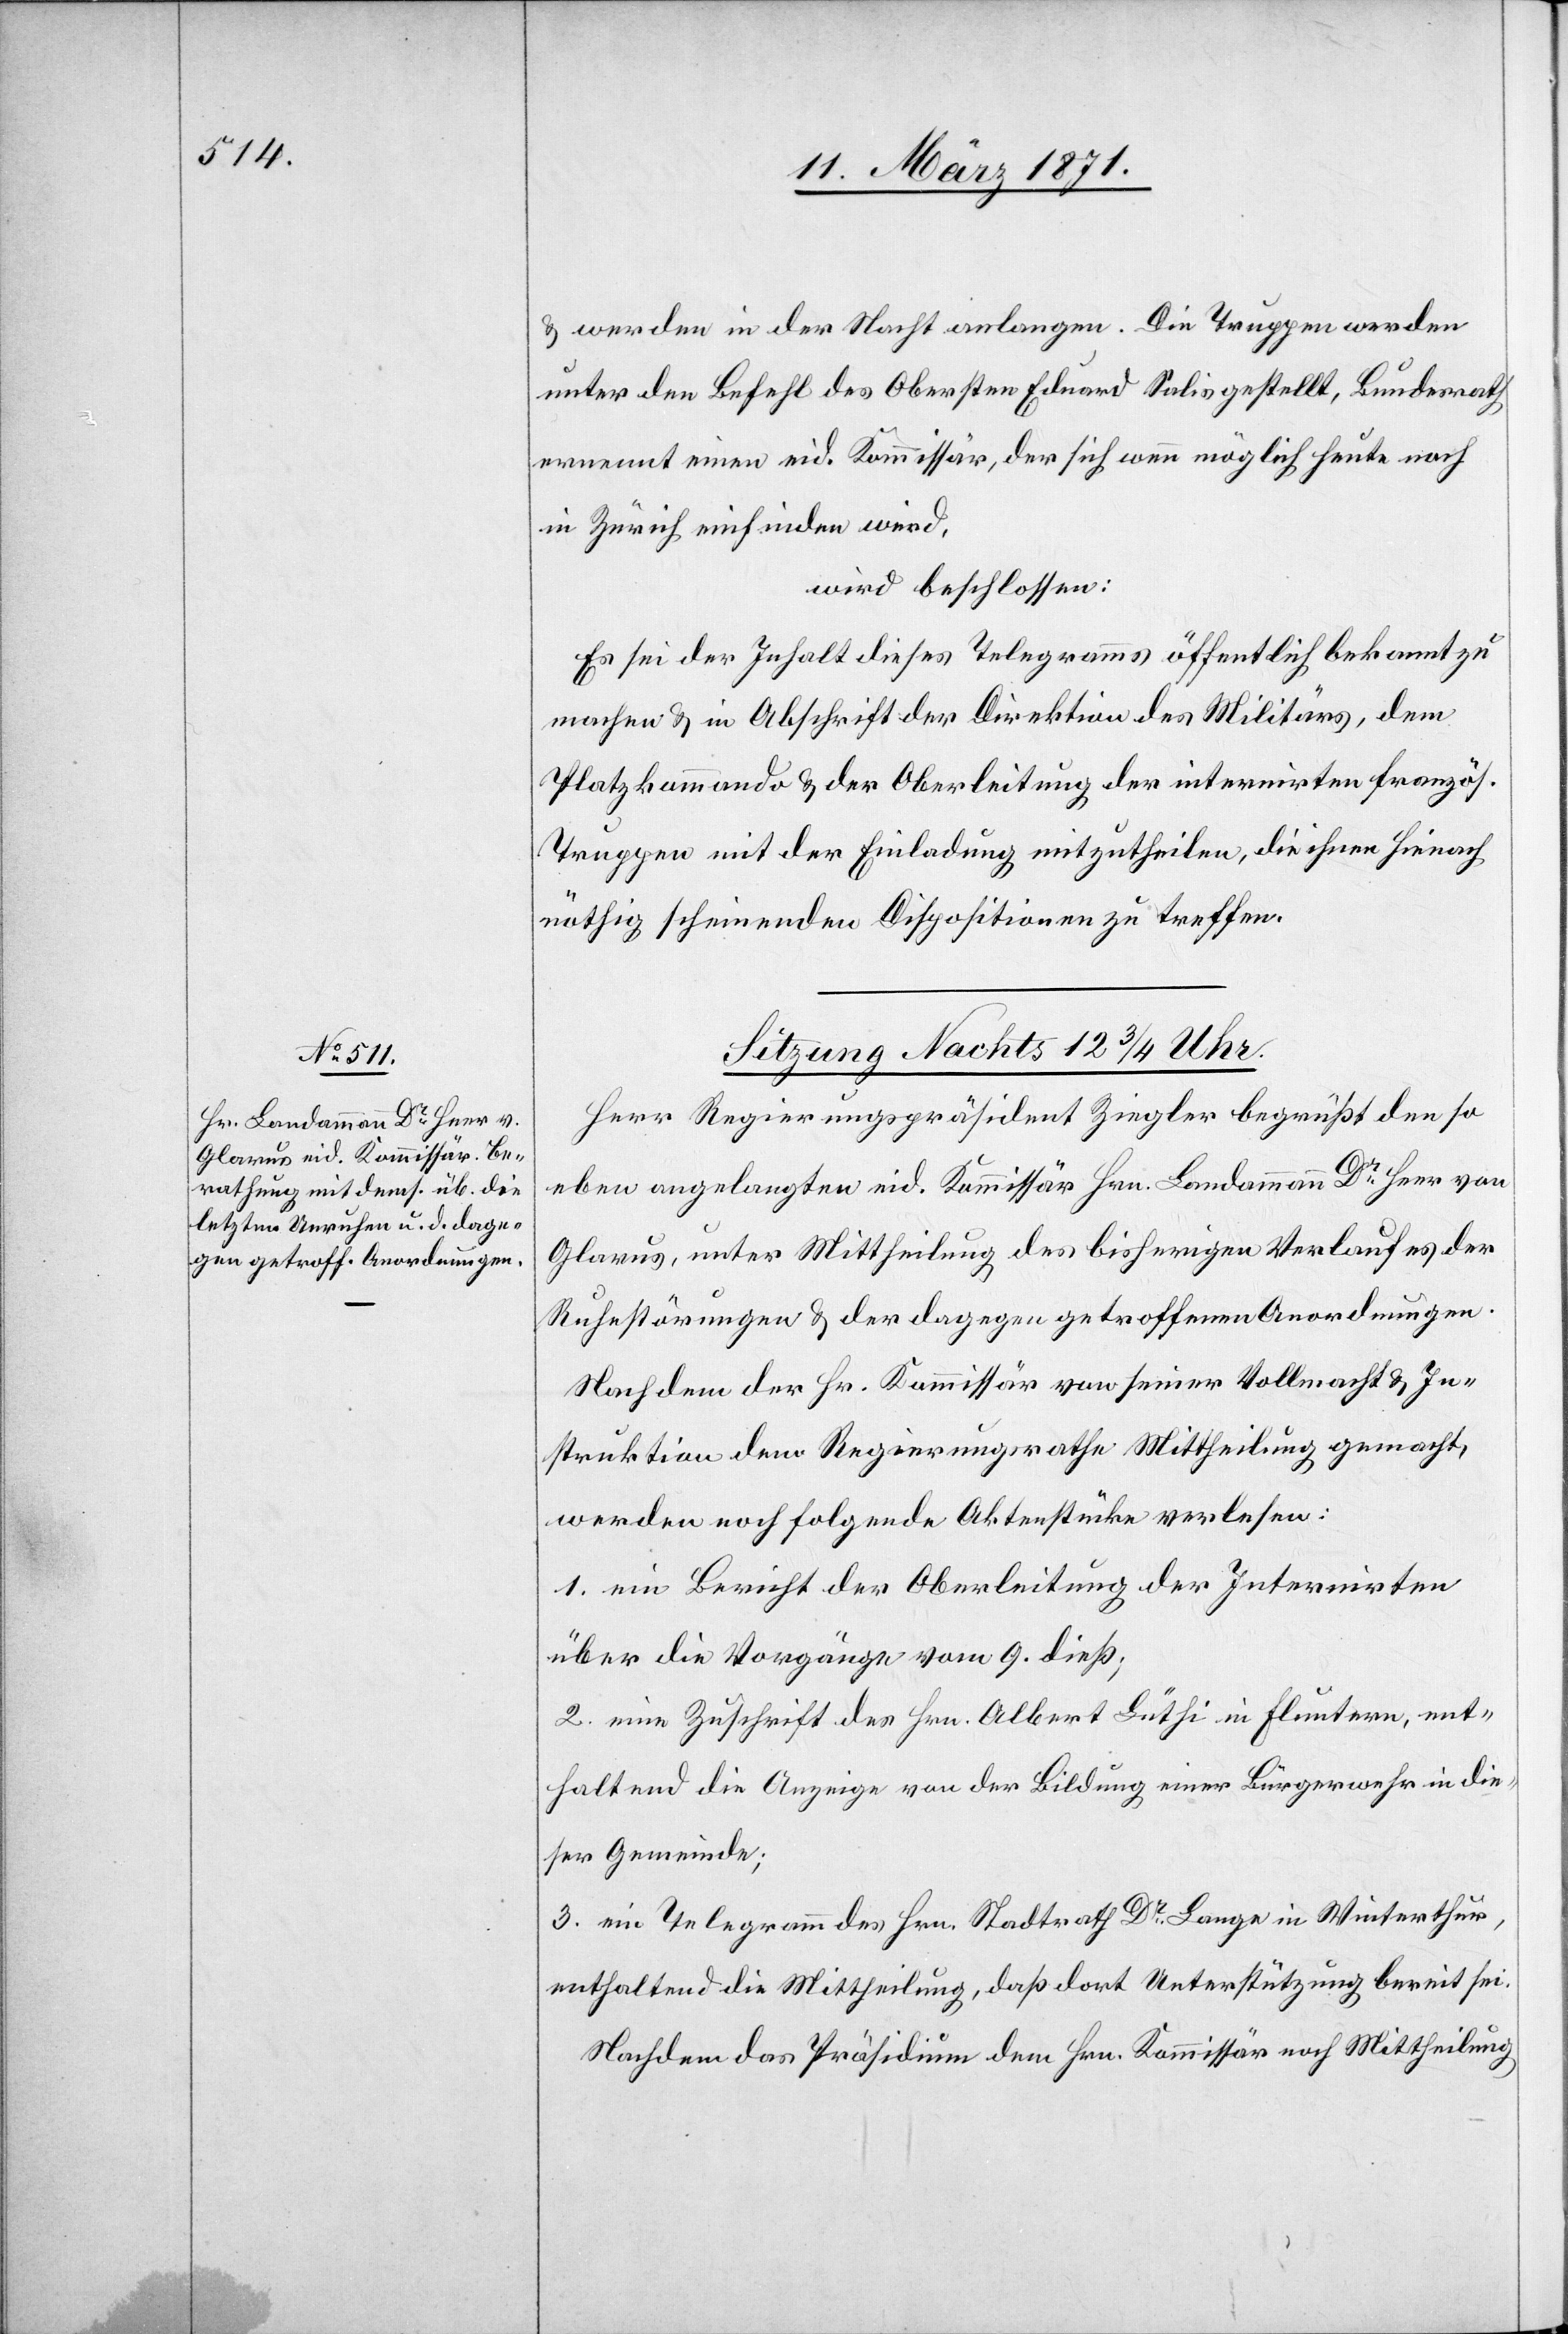
u. werden in der Nacht anlangen. Die Truppen werden
unter den Befehl des Obersten Eduard Salis gestellt, Bundesrath
ernennt einen eid. Kommissär, der sich wenn möglich heute noch
in Zürich einfinden wird,
wird beschlossen:
Es sei der Inhalt dieses Telegramms öffentlich bekannt zu
machen u. in Abschrift der Direktion des Militärs, dem
Platzkommando u. der Oberleitung der internirten französ.
Truppen mit der Einladung mitzutheilen, die ihnen hienach
nöthig scheinenden Dispositionen zu treffen.
Herr Regierungspräsident Ziegler begrüßt den so¬
eben angelangten eid. Kommissär Hrn. Landammann Dr. Heer von
Glarus, unter Mittheilung des bisherigen Verlaufes der
Ruhestörungen u. der dagegen getroffenen Anordnungen.
Nachdem der Hr. Kommissär von seiner Vollmacht u. In¬
struktion dem Regierungsrathe Mittheilung gemacht,
werden noch folgende Aktenstücke verlesen:
1. ein Bericht der Oberleitung der Internirten
über die Vorgänge vom 9. dieß;
2. eine Zuschrift des Hrn. Albert Lüthi in Fluntern, ent¬
haltend die Anzeige von der Bildung einer Bürgerwehr in die¬
ser Gemeinde;
3. ein Telegramm des Hrn. Stadtrath Dr. Lange in Winterthur,
enthaltend die Mittheilung, daß dort Unterstützung bereit sei.
Nachdem das Präsidium dem Hrn. Kommissär noch Mittheilung